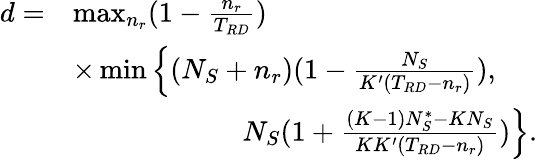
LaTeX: \begin{array}{rl}{d=}&{\operatorname*{max}_{n_{r}}(1-\frac{n_{r}}{T_{RD}})}\\ &{\times\operatorname*{min}\Big\{ (N_{S}+n_{r})(1-\frac{N_{S}}{K^{\prime}(T_{RD}-n_{r})}),}\\ &{\quad\quad\quad\quad\quad\quad N_{S}(1+\frac{(K-1)N_{S}^{\ast}-KN_{S}}{KK^{\prime}(T_{RD}-n_{r})})\Big\} .}\end{array}